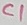
Text: C1